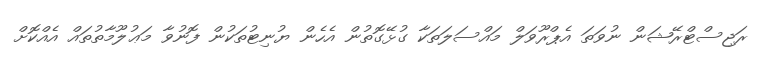
ރަޖިސްޓްރޭޝަން ނުވަތަ އެޕްރޫވަލް މައްސަލަތަކާ ގުޅޭގޮތުން އެހެން ޔުނިޓުތަކުން ފޮނުވާ މަޢުލޫމާތުތައް އެއްކޮށް